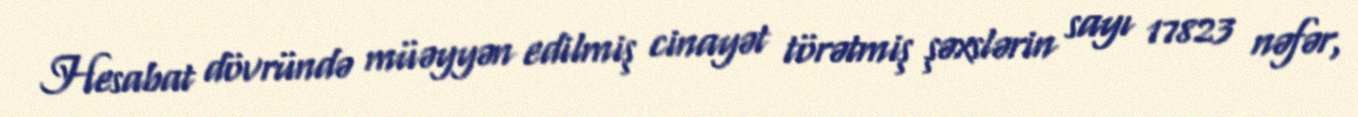
Hesabat dövründə müəyyən edilmiş cinayət törətmiş şəxslərin sayı 17823 nəfər,